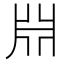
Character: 𣶒